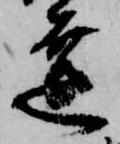
達